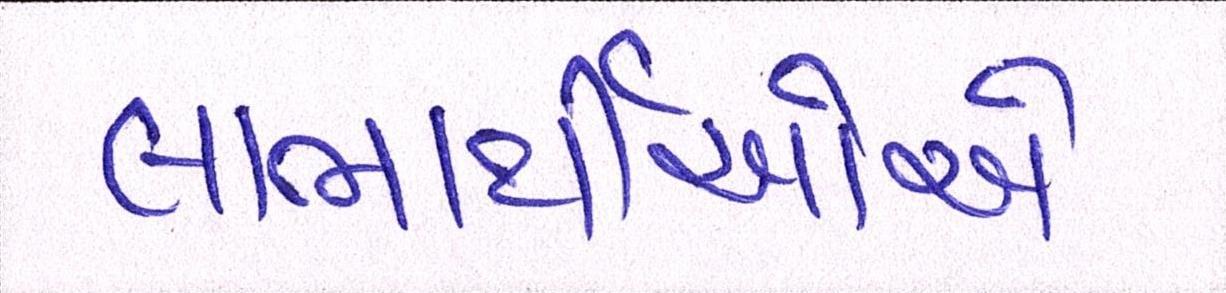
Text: લાભાર્થીઓએ